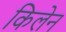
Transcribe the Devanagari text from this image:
किलेन